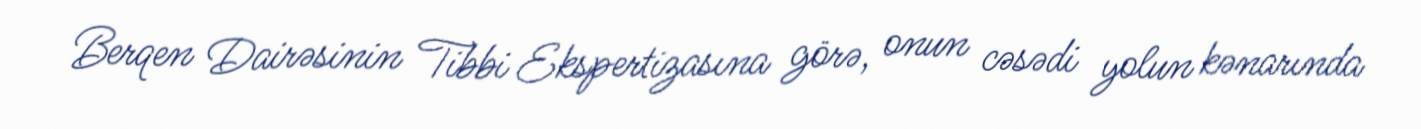
Berqen Dairəsinin Tibbi Ekspertizasına görə, onun cəsədi yolun kənarında